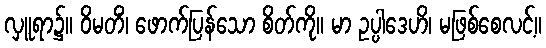
လှူရာ၌။ ဝိမတိံ၊ ဖောက်ပြန်သော စိတ်ကို။ မာ ဥပ္ပါဒေဟိ၊ မဖြစ်စေလင့်။